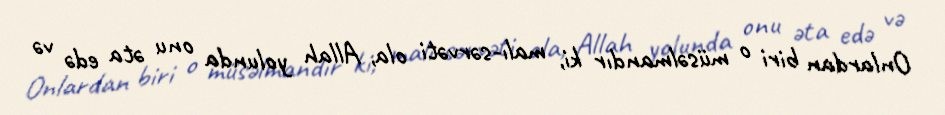
Onlardan biri o müsəlmandır ki, malı-sərvəti ola, Allah yolunda onu əta edə və